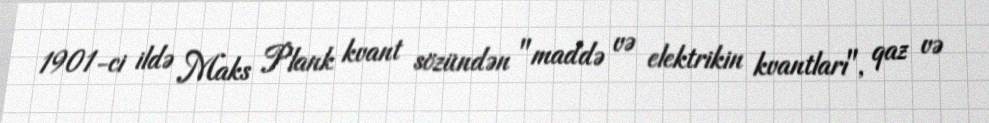
1901-ci ildə Maks Plank kvant sözündən "maddə və elektrikin kvantları", qaz və